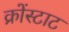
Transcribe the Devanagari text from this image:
क्रोंस्टाट